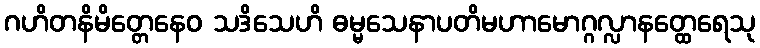
ဂဟိတနိမိတ္တေနေဝ သဒိသေဟိ ဓမ္မသေနာပတိမဟာမောဂ္ဂလ္လာနတ္ထေရေသု